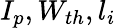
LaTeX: I_{p},W_{th},l_{i}